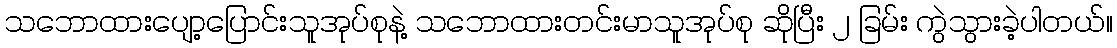
သဘောထားပျော့ပြောင်းသူအုပ်စုနဲ့ သဘောထားတင်းမာသူအုပ်စု ဆိုပြီး ၂ ခြမ်း ကွဲသွားခဲ့ပါတယ်။